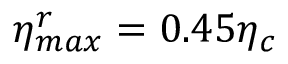
\eta _ { m a x } ^ { r } = 0 . 4 5 \eta _ { c }